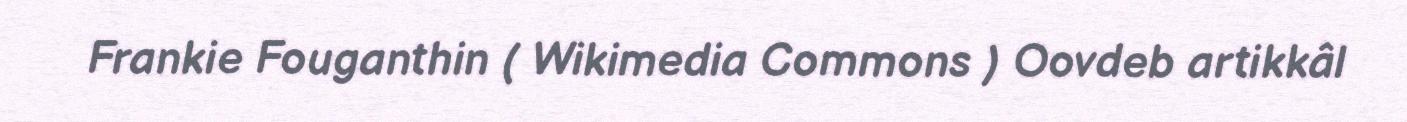
Frankie Fouganthin ( Wikimedia Commons ) Oovdeb artikkâl